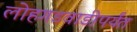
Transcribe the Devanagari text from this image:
लोहगडवाडीपर्यंत